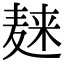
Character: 𪎌